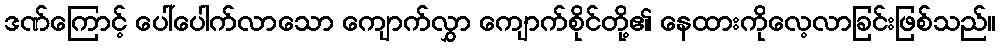
ဒဏ်ကြောင့် ပေါ်ပေါက်လာသော ကျောက်လွှာ ကျောက်စိုင်တို့၏ နေထားကိုလေ့လာခြင်းဖြစ်သည်။